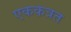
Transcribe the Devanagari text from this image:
एककत्रत